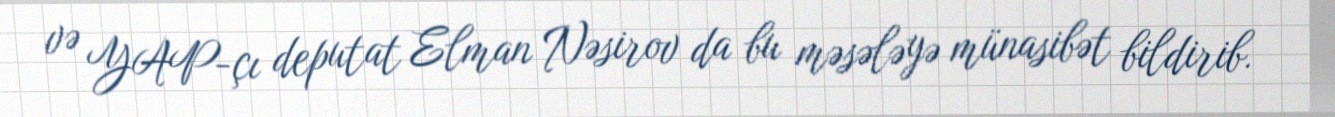
və YAP-çı deputat Elman Nəsirov da bu məsələyə münasibət bildirib.